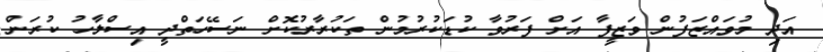
އަދި މުވައްޒަފުން ވަޒީފާ އަށް ފަރުވާ ކުޑަކުރުމުން ތަކުރާރުކޮށް ނަސޭހަތްދީ އިސްލާހު ކުރަން